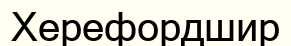
Херефордшир